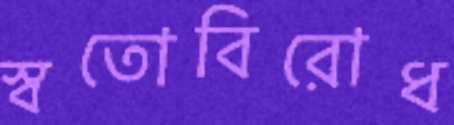
স্বতোবিরোধ